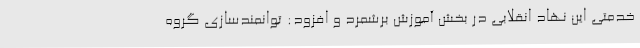
خدمتی این نهاد انقلابی در بخش آموزش برشمرد و افزود: توانمندسازی گروه